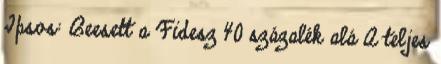
Ipsos: Beesett a Fidesz 40 százalék alá A teljes